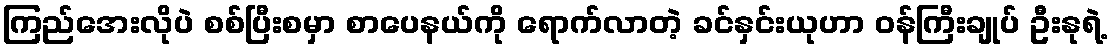
ကြည်အေးလိုပဲ စစ်ပြီးစမှာ စာပေနယ်ကို ရောက်လာတဲ့ ခင်နှင်းယုဟာ ဝန်ကြီးချုပ် ဦးနုရဲ့